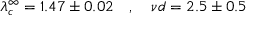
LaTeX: \lambda _ { c } ^ { \infty } = 1 . 4 7 \pm 0 . 0 2 \ \ \ , \ \ \ { { \nu } d } = 2 . 5 \pm 0 . 5